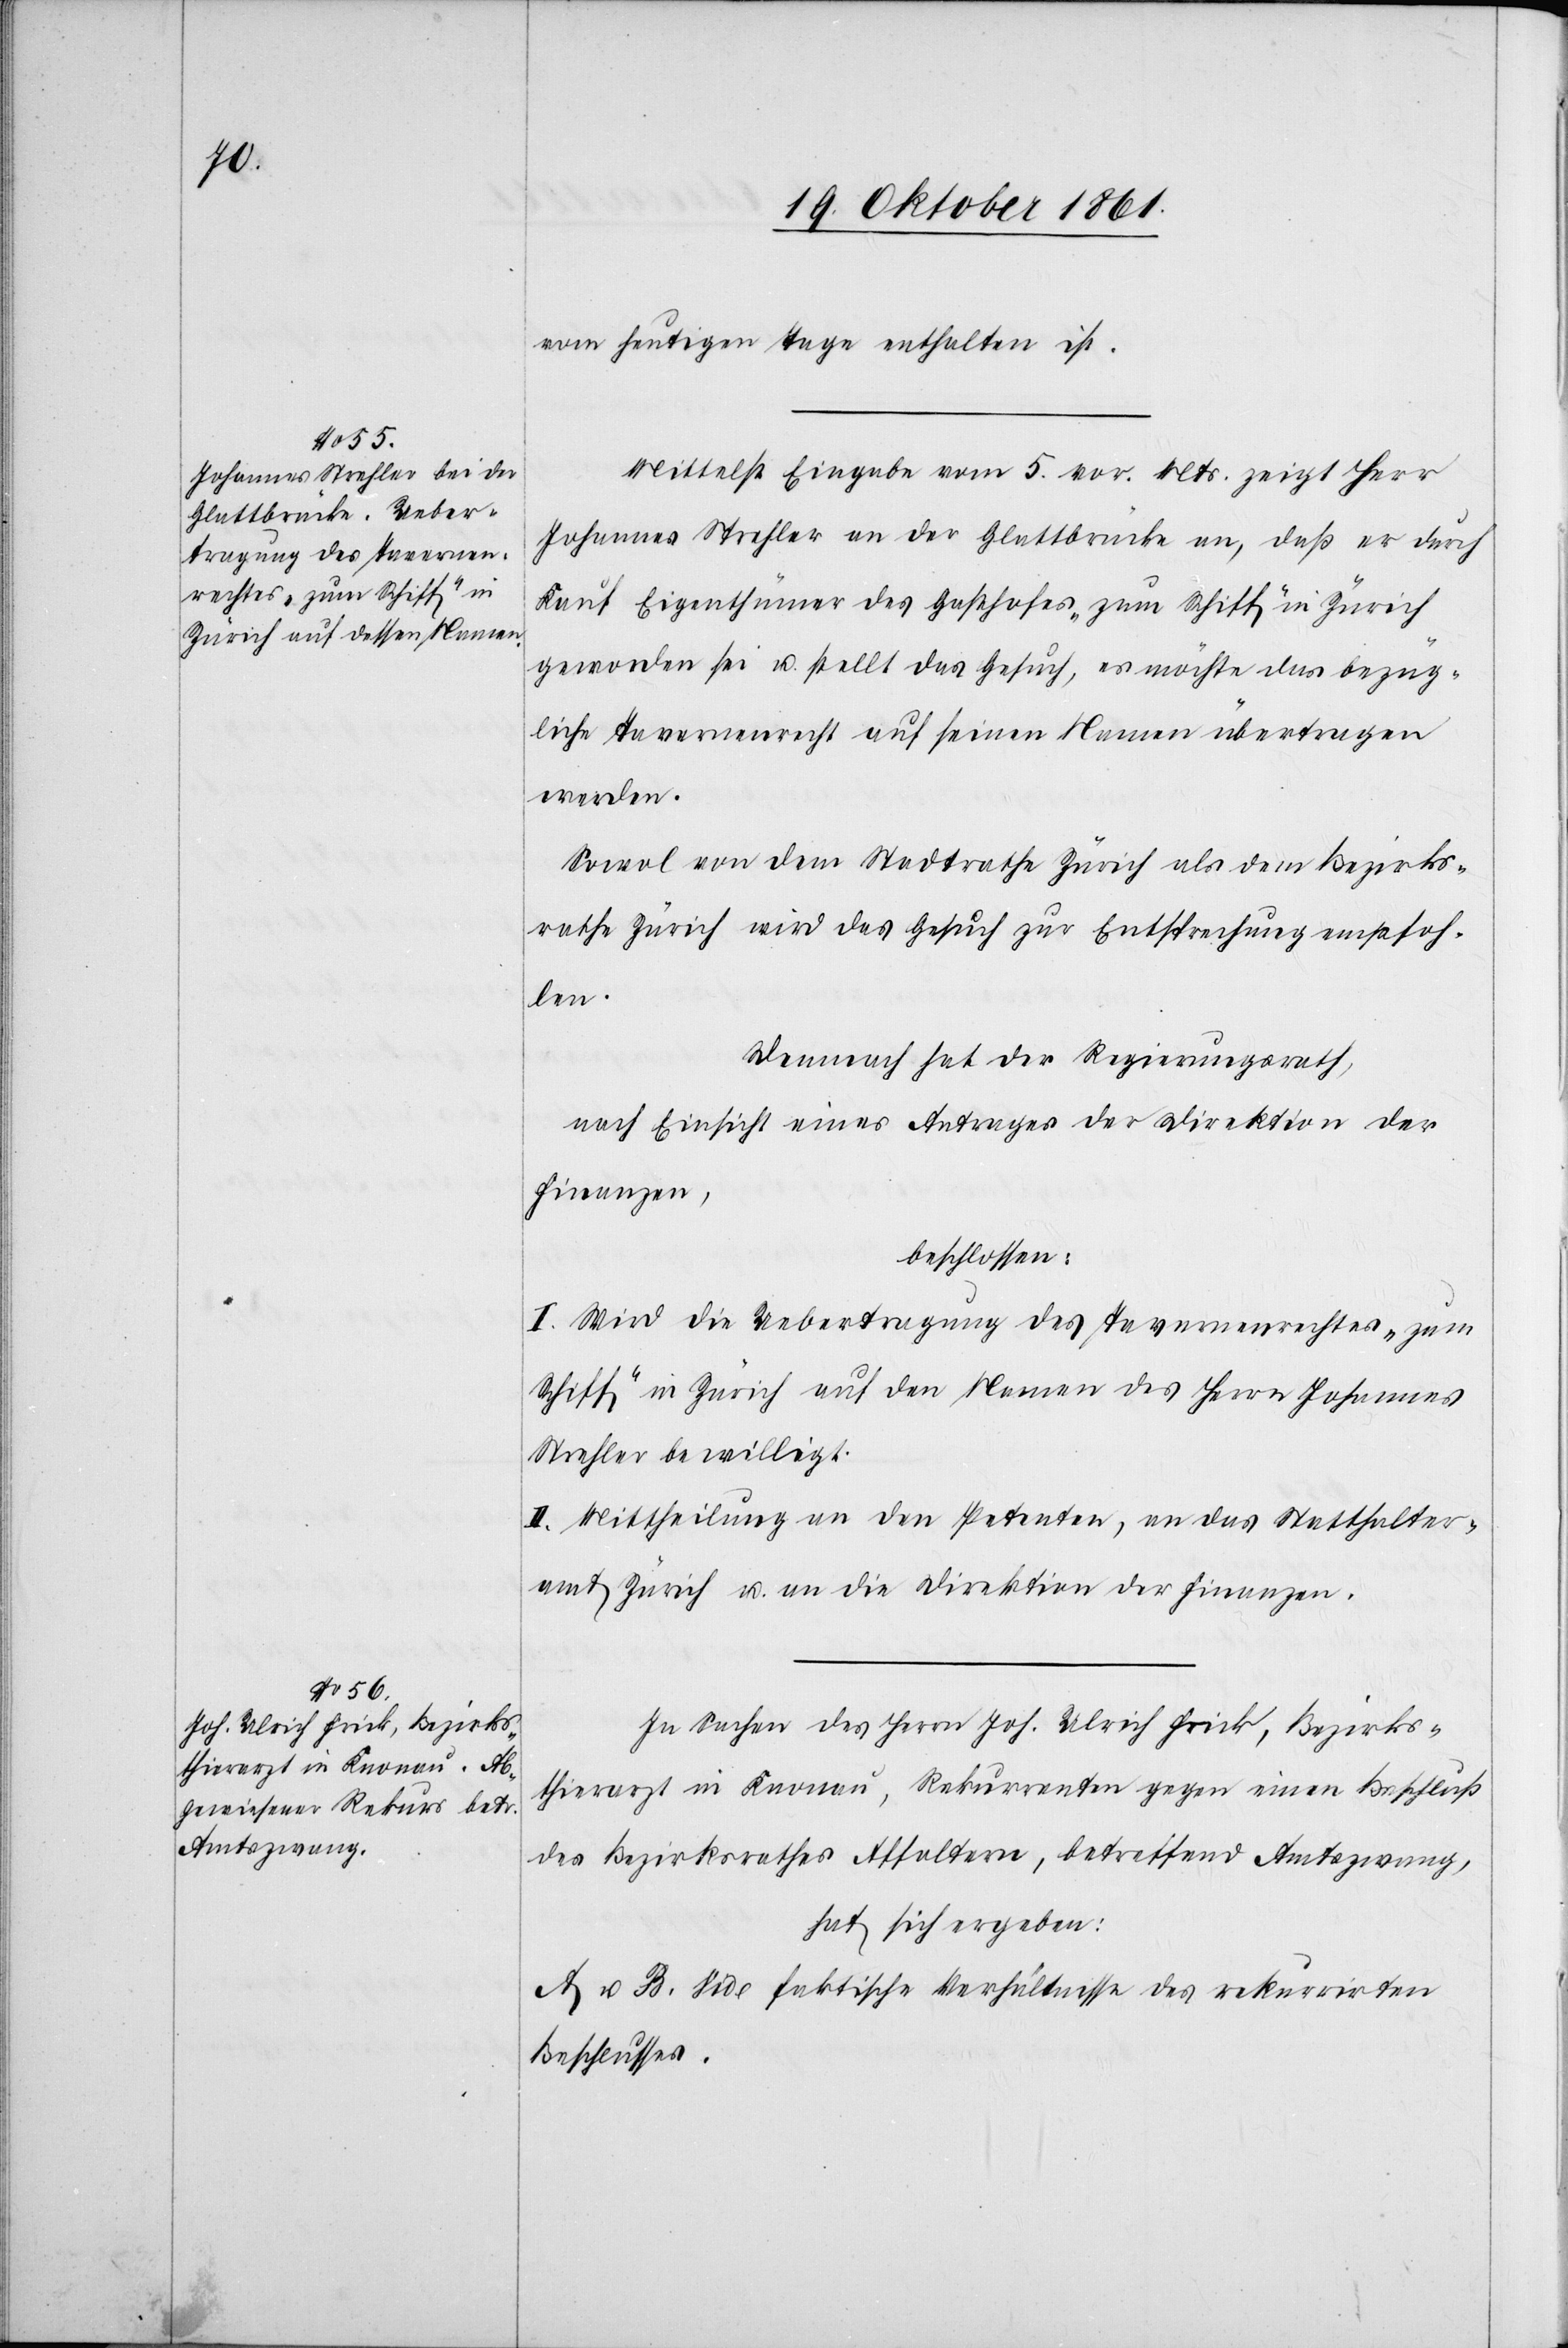
vom heutigen Tage enthalten ist.
Mittelst Eingabe vom 5 vor. Mts. zeigt Herr
Johannes Strehler an der Glattbrücke an, daß er durch
Kauf Eigenthümer des Gasthofes „zum Schiff“ in Zürich
geworden sei u. stellt das Gesuch, es möchte das bezüg¬
liche Tavernenrecht auf seinen Namen übertragen
werden.
Sowol von dem Stadtrathe Zürich als dem Bezirks¬
rathe Zürich wird das Gesuch zur Entsprechung empfoh¬
len.
Demnach hat der Regierungsrath
nach Einsicht eines Antrages der Direktion der
Finanzen
beschlossen:
I. Wird die Uebertragung des Tavernenrechtes „zum
Schiff“ in Zürich auf den Namen des Herrn Johannes
Strehler bewilligt.
II. Mittheilung an den Petenten, an das Statthalter¬
amt Zürich u. an die Direktion der Finanzen.
In Sachen des Herrn Joh. Ulrich Frick, Bezirks¬
thierarzt in Knonau, Rekurrenten gegen einen Beschluß
des Bezirksrathes Affoltern, betreffend Amtszwang,
hat sich ergeben:
A u. B. vide faktische Verhältnisse des rekurrirten
Beschlusses.